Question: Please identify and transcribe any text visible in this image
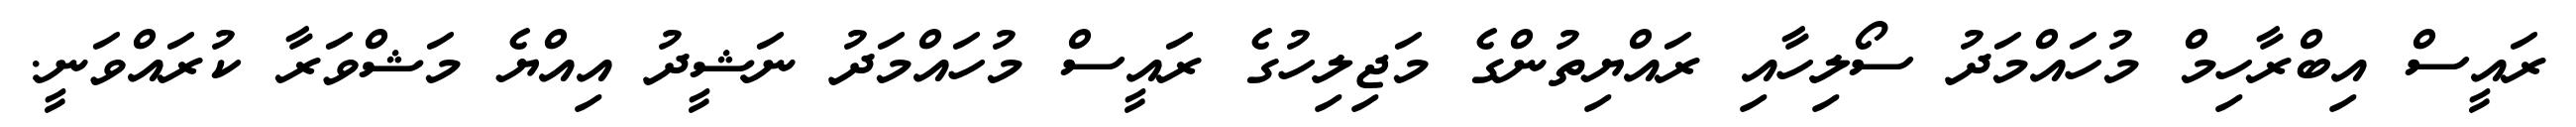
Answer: ރައީސް އިބްރާހިމް މުހައްމަދު ސޯލިހާއި ރައްޔިތުންގެ މަޖިލިހުގެ ރައީސް މުހައްމަދު ނަޝީދު އިއްޔެ މަޝްވަރާ ކުރައްވަނީ.